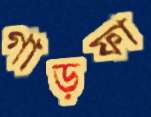
গাড়ফা